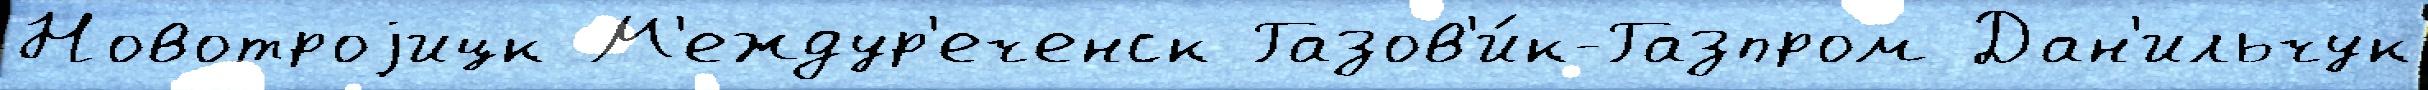
Новотроjицк М'еждур'еченск Газов'и́к-Газпром Дан'ильчук